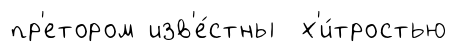
пр'етором изв'е́стны х'и́тростью